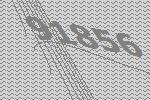
91856